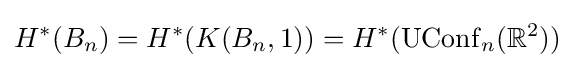
H^{*}(B_{n})=H^{*}(K(B_{n},1))=H^{*}(\operatorname {UConf} _{n}(\mathbb {R} ^{2}))